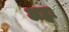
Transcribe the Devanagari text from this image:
अह्नः